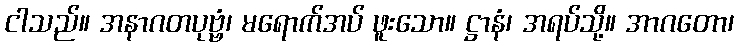
ငါသည်။ အနာဂတပုဗ္ဗံ၊ မရောက်အပ် ဖူးသော။ ဋ္ဌာနံ၊ အရပ်သို့။ အာဂတော၊